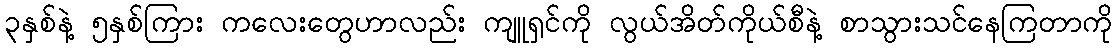
၃နှစ်နဲ့ ၅နှစ်ကြား ကလေးတွေဟာလည်း ကျူရှင်ကို လွယ်အိတ်ကိုယ်စီနဲ့ စာသွားသင်နေကြတာကို